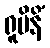
ရူပိနိံ